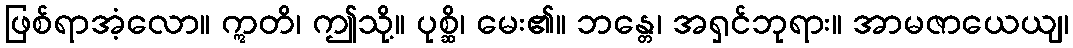
ဖြစ်ရာအံ့လော။ ဣတိ၊ ဤသို့။ ပုစ္ဆိ၊ မေး၏။ ဘန္တေ၊ အရှင်ဘုရား။ အာမဇာယေယျ၊